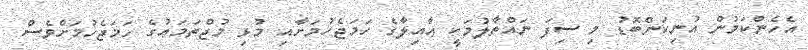
އެހެންކަމުން އުނިކަންބޮޑު މި ސިފަ ނައްތާލުމަކީ ޢާއިލާގެ ހަމަޖެހުމަށާއި މުޅި މުޖްތަމަޢުގެ ހަމަޖެހުމަށްވެސް